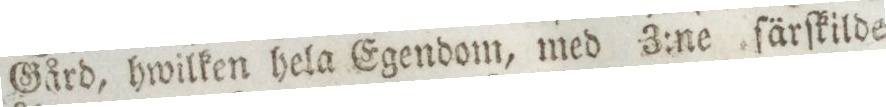
Gård, hwilken hela Egendom, med 3:ne ſärſkilde